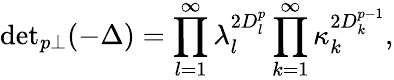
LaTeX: {\operatorname*{det}}_{p\perp}(-\Delta)=\prod_{l=1}^{\infty}\lambda_{l}^{2D_{l}^{p}}\prod_{k=1}^{\infty}\kappa_{k}^{2D_{k}^{p-1}},